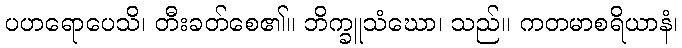
ပဟရောပေသိ၊ တီးခတ်စေ၏။ ဘိက္ခူသံဃော၊ သည်။ ကတမာစရိယာနံ၊